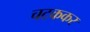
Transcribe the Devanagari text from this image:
चटककर